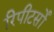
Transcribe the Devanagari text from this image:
रिपीटर्सों